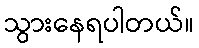
သွားနေရပါတယ်။